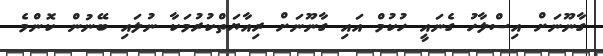
ގާނޫނަށް އިސްލާހު ގެނައީ ހުކުމް އައި ގާނޫނަށް ރިއާޔަތްކުރުމަކާ ނުލައި ބޭނުން ކޮންމެ